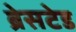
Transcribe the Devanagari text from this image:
ब्रेसटेड